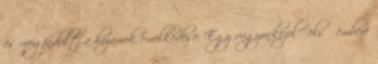
és megindult a hozamok emelkedése. Egy vagyonkezelő első embere